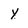
Character: y